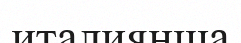
италиянша